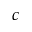
c